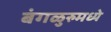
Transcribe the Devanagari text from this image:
बंगळुरुमध्ये